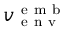
v _ { \mathrm { ~ e ~ n ~ v ~ } } ^ { \mathrm { ~ e ~ m ~ b ~ } }